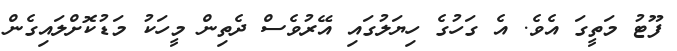
ފޫޓު މަތީގަ އެވެ. އެ ގަހުގެ ހިޔަލުގައި އޭރުވެސް ދެތިން މީހަކު މަޑުކޮށްލައިގެން